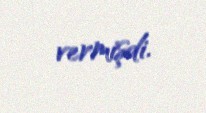
vermişdi.